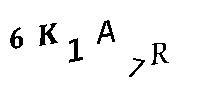
6K1A7R